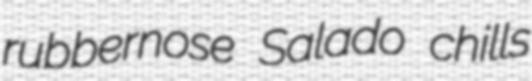
rubbernose Salado chills